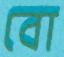
বো